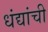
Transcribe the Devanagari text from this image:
धंद्यांची